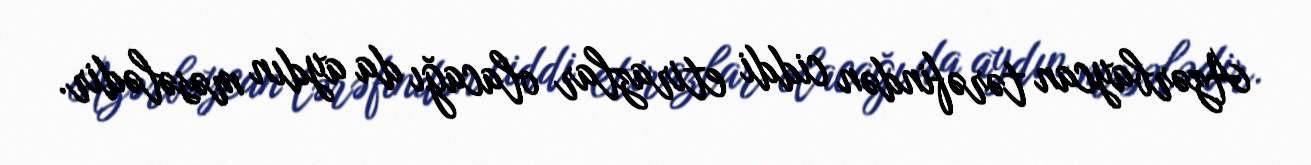
Azərbaycan tərəfindən ciddi etirazlar olacağı da aydın məsələdir.